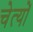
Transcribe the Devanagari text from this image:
चेत्यों